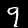
Label: 9